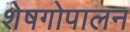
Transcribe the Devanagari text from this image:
शेषगोपालन